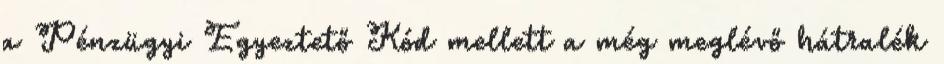
a Pénzügyi Egyeztető Kód mellett a még meglévő hátralék